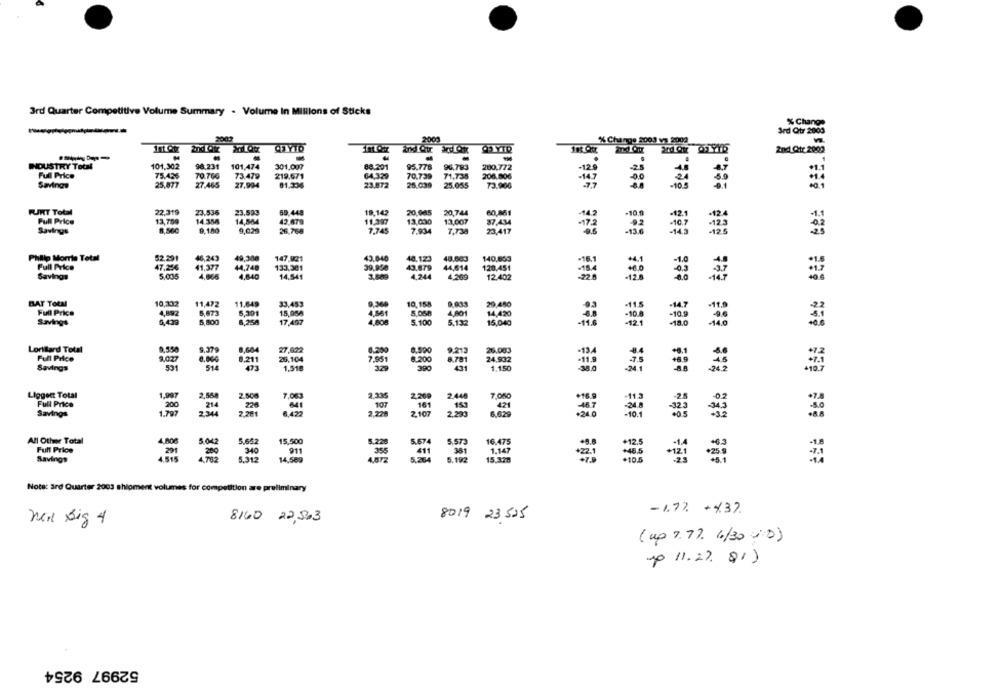
3rd Quarter Competitive Volume Summary . Volume In Millions of Sticks
% Change
3rd Qtr 2003
2003
% Change 2003 vs 2002
CHYTO
EE.
2nd Qtc 2000
INDUSTRY Total
101.302
98.231
101,474
301.007
88.301
95.778
96.783
200.772
Full Price
75.436
70 766
73,479
219.671
64,329
70.739
71,735
206.806
Savings
25,077
27.465
27,994
81.336
23.872
25.039
25.055
73.900
FUKT Total
22,319
23.536
23,599
59,448
19,142
20,065
20,744
60,861
Full Price
13,759
14.358
14,584
42,679
11,397
13,000
13,007
-10
9,180
26,768
87,434
Savings
7,745
7.934
7.738
23,417
-10 7
Philip Morris Total
52.291
46,243
49,300
147.921
140,653
Full Price
47,256
41,377
44,748
133.301
120,451
Savings
5,005
4.865
4,640
14.541
30,00
12/402
BAT Total
10,332
11,472
Full Price
4,892
5,673
20,450
-115
-14.7
11.9
Savings
6,439
5,800
15,000
-108
Lorillard Total
1,604
27,002
26.083
Full Price
2.027
26, 104
24.992
53
0.000
0.201
Savings
1.518
1.150
Ligger Total
1,997
Full Price
200
2508
Savings
2.29
All Other Total
5.652
15,500
16.475
Full Price
4.808
Savings
5.312
14.500
15.32%
Note: 3rd Quarter 2003 shipment volumes for competition are preliminary
-1.77 + 437.
8160 22,503
8019 23525
Mr Big 4
( up 7.77. 6/30 -0)
up 11.29. 91)
52997 9254